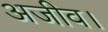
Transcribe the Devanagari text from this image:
अजीव।